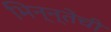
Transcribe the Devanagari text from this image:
भिन्न्तेची